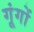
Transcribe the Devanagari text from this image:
गूंगों